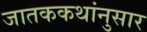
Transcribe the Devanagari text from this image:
जातककथांनुसार